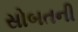
સોબતની